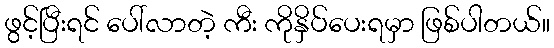
ဖွင့်ပြီးရင် ပေါ်လာတဲ့ ကီး ကိုနှိပ်ပေးရမှာ ဖြစ်ပါတယ်။